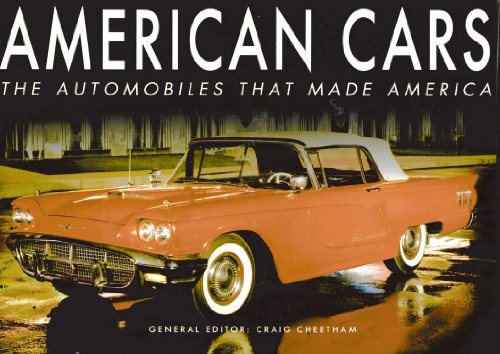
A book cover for American Cars: The Automobiles that Made America; Engineering & Transportation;